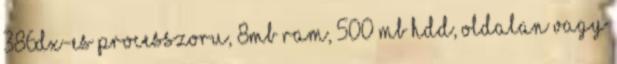
386DX-es processzoru, 8MB RAM, 500 MB HDD, oldalan vagy